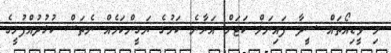
މި ވީޑިއޯތައް ސީދާ ފައިނަލް ކަޓަށް އަރާނެ ކަމުގެ ޔަގީންކަމެއް ނެތަސް ކުޅުދުއްފުށީގެ